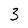
Character: 3